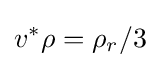
v^{*}\rho =\rho _{r}/3